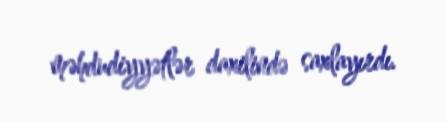
məhdudiyyətlər daxilində saxlayırdı.